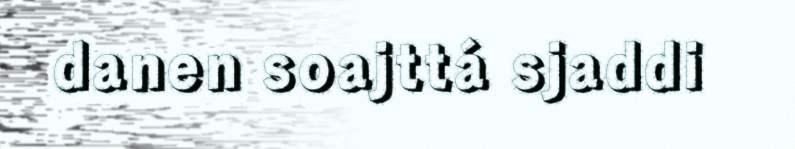
danen soajttá sjaddi